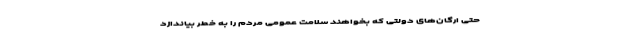
حتی ارگان‌های دولتی که بخواهند سلامت عمومی مردم را به خطر بیاندازد